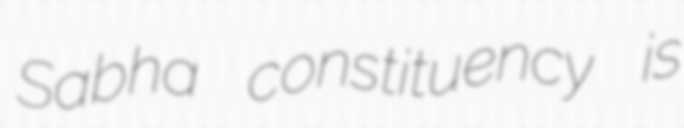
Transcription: Sabha constituency is